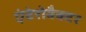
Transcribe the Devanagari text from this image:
एंटेरोबैक्टर